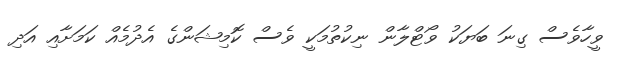
ވީހާވެސް ގިނަ ބަޔަކު ވޯޓްލާން ނިކުތުމަކީ ވެސް ކޮމިޝަންގެ އެދުމެއް ކަމަަށާއި އަދި